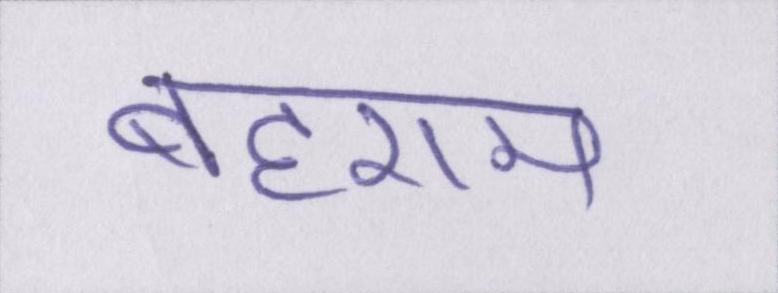
बहराम